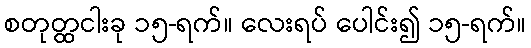
စတုတ္ထငါးခု ၁၅-ရက်။ လေးရပ် ပေါင်း၍ ၁၅-ရက်။